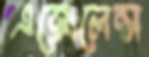
এক্সেলেন্স